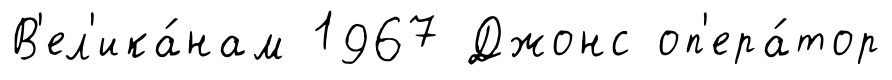
В'ел'ика́нам 1967 Джонс оп'ера́тор